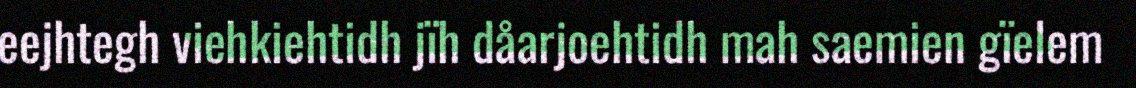
eejhtegh viehkiehtidh jïh dåarjoehtidh mah saemien gïelem